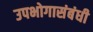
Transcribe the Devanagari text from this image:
उपभोगासंबंधी